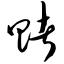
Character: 赌